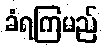
ခံရကြမည်